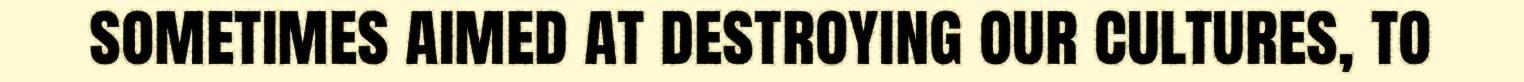
sometimes aimed at destroying our cultures, to